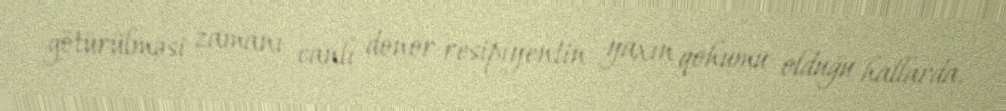
götürülməsi zamanı canlı donor resipiyentin yaxın qohumu olduğu hallarda,